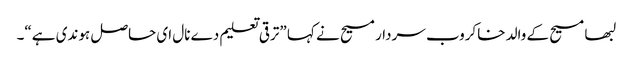
لبھا مسیح کے والد خاکروب سردار مسیح نے کہا ”ترقی تعلیم دے نال ای حاصل ہوندی ہے“۔